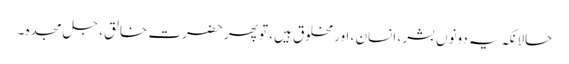
حالانکہ یہ دونوں بشر ، انسان ، اور مخلوق ہیں، تو پھر حضرت خالق ، جل مجدہ ۔